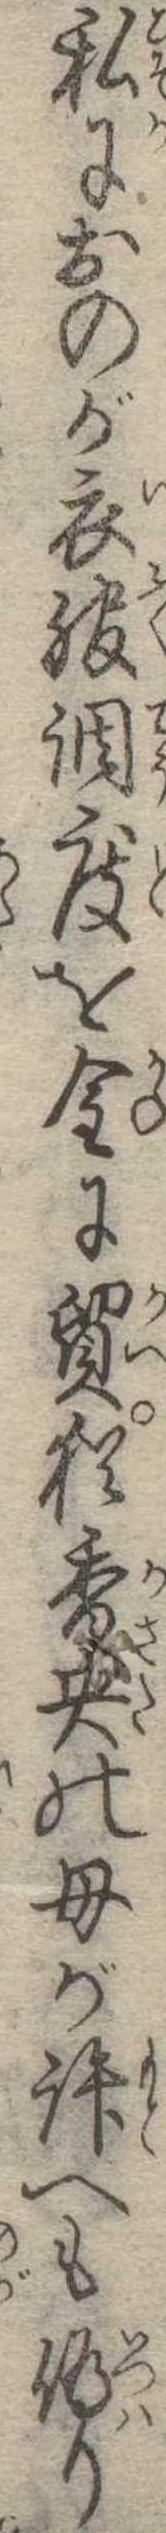
私におのが衣服調度を金に貿猶香央の母が許へも偽り